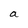
Character: a